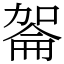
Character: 嗧